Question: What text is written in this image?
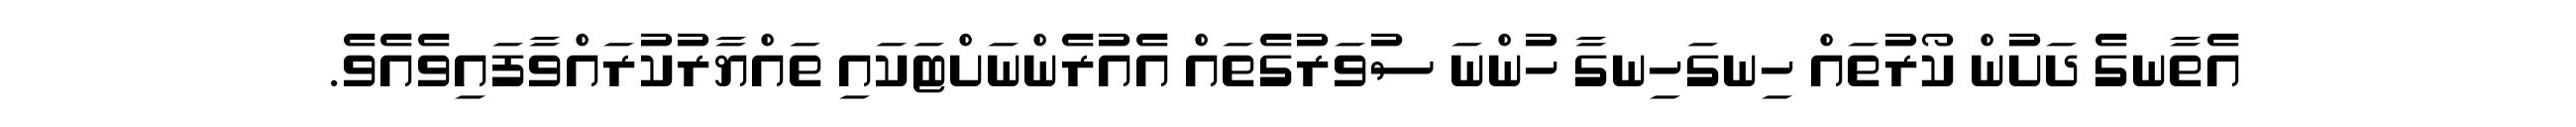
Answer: އެތާނގެ ދަށުން ކޯރުތައް ހިނގަހިނގާ ހުންނަ ސުވަރުގެތައް އެއުރެންނަށްޓަކައި ތައްޔާރުކުރައްވާފައިވެއެވެ.